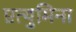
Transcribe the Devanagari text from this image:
एत्‍युमिना